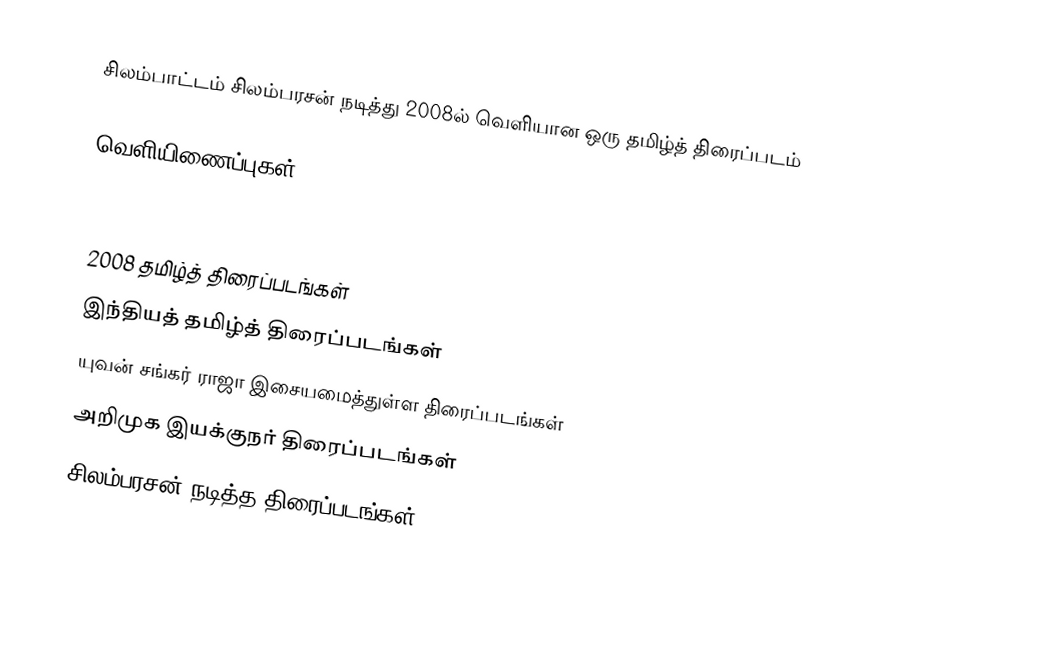
சிலம்பாட்டம் சிலம்பரசன் நடித்து 2008ல் வெளியான ஒரு தமிழ்த் திரைப்படம்

வெளியிணைப்புகள்

2008 தமிழ்த் திரைப்படங்கள்
இந்தியத் தமிழ்த் திரைப்படங்கள்
யுவன் சங்கர் ராஜா இசையமைத்துள்ள திரைப்படங்கள்
அறிமுக இயக்குநர் திரைப்படங்கள்
சிலம்பரசன் நடித்த திரைப்படங்கள்